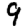
Digit: 9